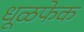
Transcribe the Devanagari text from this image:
धूळफेक